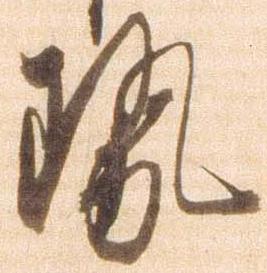
勢